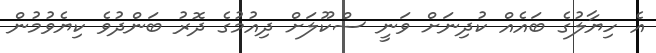
އެ ހިޔާލުގެ ބައެއް ކުދިނަށް ވަނީ ސްކޫލަށް ދިއުމުގެ ދޮރު ބަންދުވެ ކިޔެވުމުން